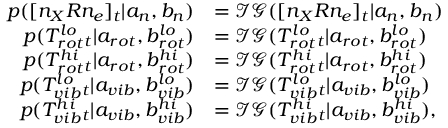
\begin{array} { r l } { p ( [ n _ { X } R n _ { e } ] _ { t } | a _ { n } , b _ { n } ) } & { = \mathcal { I G } ( [ n _ { X } R n _ { e } ] _ { t } | a _ { n } , b _ { n } ) } \\ { p ( T _ { r o t } ^ { l o } { _ t } | a _ { r o t } , b _ { r o t } ^ { l o } ) } & { = \mathcal { I G } ( T _ { r o t } ^ { l o } { _ t } | a _ { r o t } , b _ { r o t } ^ { l o } ) } \\ { p ( T _ { r o t } ^ { h i } { _ t } | a _ { r o t } , b _ { r o t } ^ { h i } ) } & { = \mathcal { I G } ( T _ { r o t } ^ { h i } { _ t } | a _ { r o t } , b _ { r o t } ^ { h i } ) } \\ { p ( T _ { v i b } ^ { l o } { _ t } | a _ { v i b } , b _ { v i b } ^ { l o } ) } & { = \mathcal { I G } ( T _ { v i b } ^ { l o } { _ t } | a _ { v i b } , b _ { v i b } ^ { l o } ) } \\ { p ( T _ { v i b } ^ { h i } { _ t } | a _ { v i b } , b _ { v i b } ^ { h i } ) } & { = \mathcal { I G } ( T _ { v i b } ^ { h i } { _ t } | a _ { v i b } , b _ { v i b } ^ { h i } ) , } \end{array}